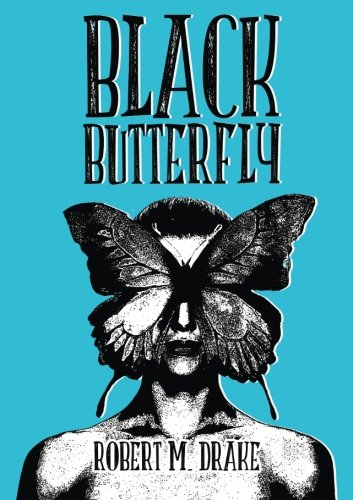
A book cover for Black ButterFly; Robert M. Drake; Literature & Fiction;